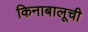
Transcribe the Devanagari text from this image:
किनाबालूची